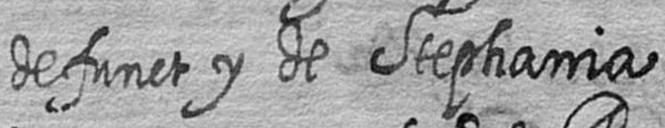
defunct y de Stephania